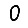
Digit: 0